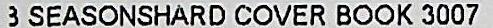
SEASONSHARD COVER BOOK 3007